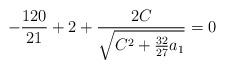
LaTeX: \begin{align*}-\frac{120}{21}+2+\frac{2C}{\sqrt{C^2+\frac{32}{27}a_1}}=0\end{align*}